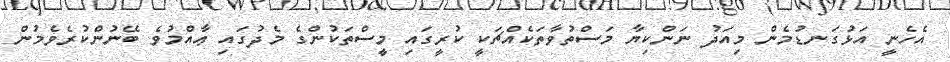
އެހެނީ އަޅުގަނޑުމެން މިއަދު ނަންކިޔާ މަސްތުވާތަކެއްޗަކީ ކުރީގައި މީސްތަކުންގެ މެދުގައި ޢާއްމުވެ ބޭނުންކުރެވެމުން